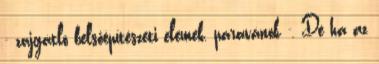
- zajgátló belsőépítészeti elemek, paravánok -, De ha az